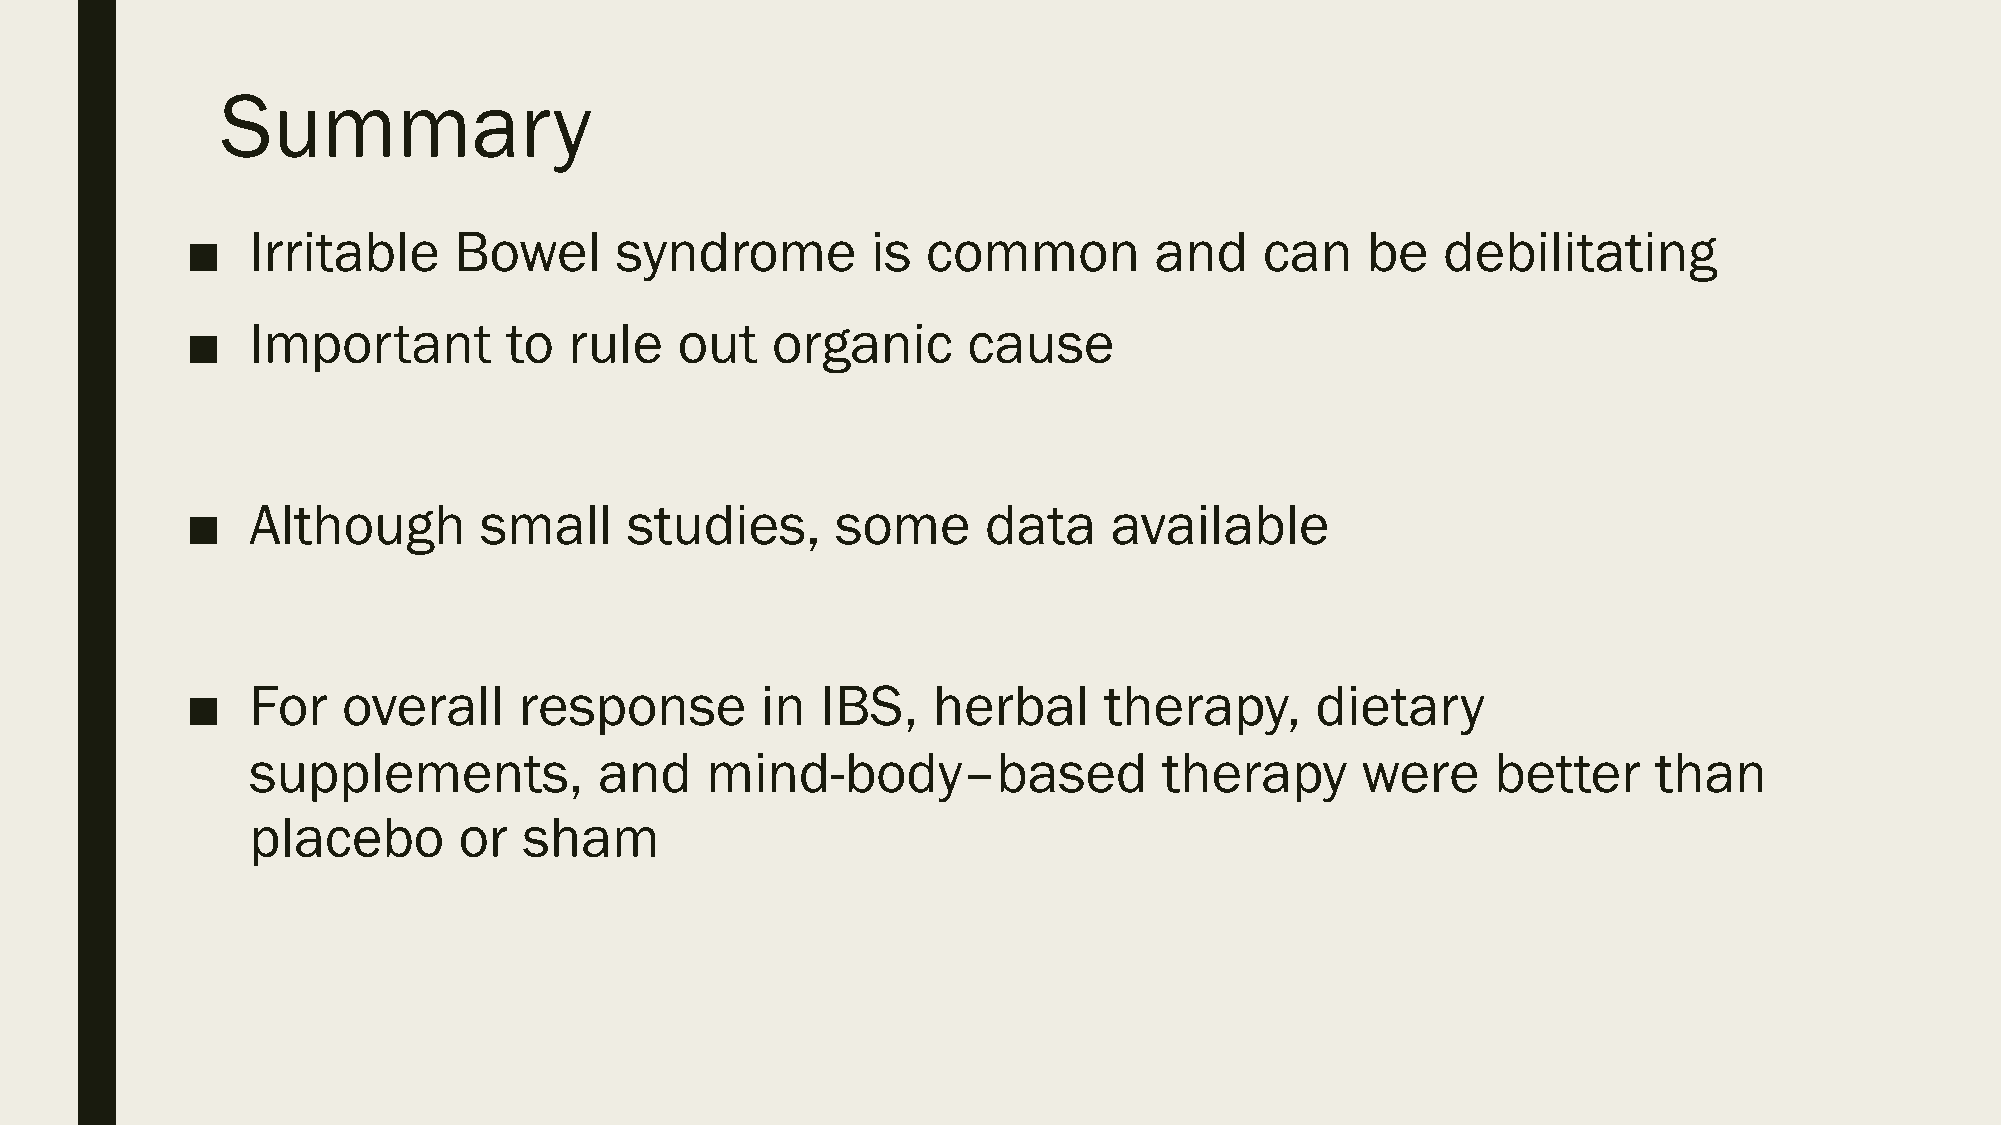
Summary
 ■    Irritable    Bowel      syndrome         is common         and     can   be    debilitating
 ■    Important        to  rule   out   organic      cause
 ■    Although       small     studies,     some      data     available
 ■    For   overall    response        in  IBS,    herbal     therapy,      dietary
 supplements,           and    mind-body–based               therapy      were     better     than
 placebo      or   sham